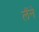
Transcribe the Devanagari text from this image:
लैंने